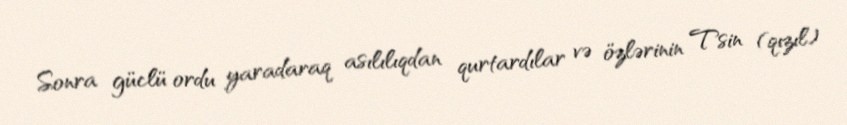
Sonra güclü ordu yaradaraq asılılıqdan qurtardılar və özlərinin Tsin (qızıl)